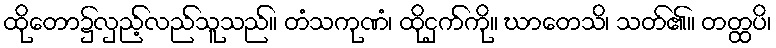
ထိုတော၌လှည့်လည်သူသည်။ တံသကုဏံ၊ ထိုငှက်ကို။ ဃာတေသိ၊ သတ်၏။ တတ္ထပိ၊